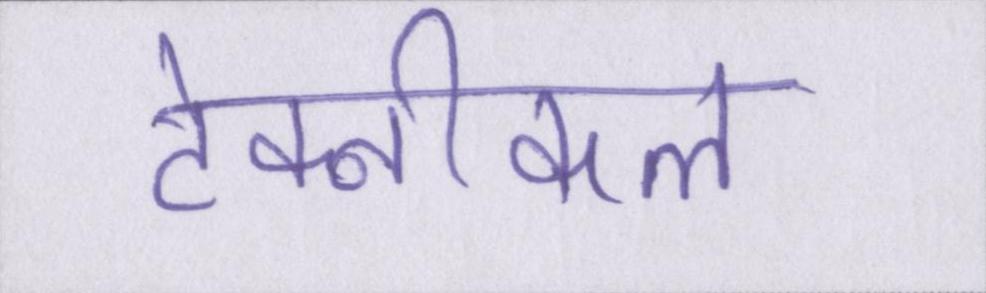
टेक्नीकल